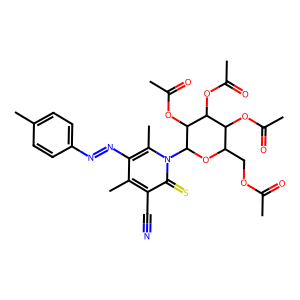
SMILES: CC(=O)OCC1OC(n2c(C)c(N=Nc3ccc(C)cc3)c(C)c(C#N)c2=S)C(OC(C)=O)C(OC(C)=O)C1OC(C)=O
Inhibits HIV replication: No